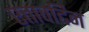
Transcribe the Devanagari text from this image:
एतावद्दिन